Vaccination in the Punjab 1919-1929 - 1919-1929
Year: 1919
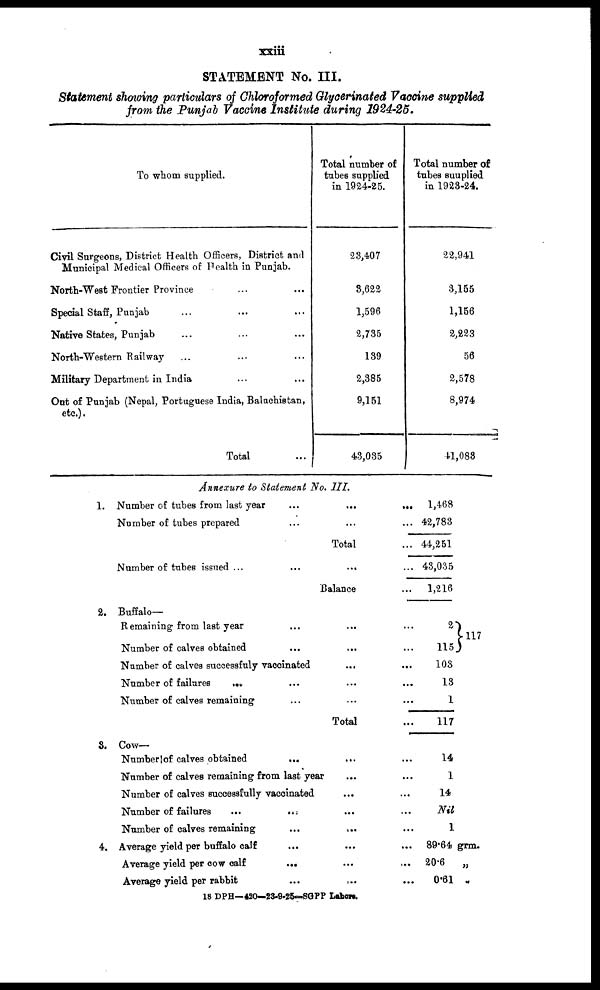
xxiii
STATEMENT No. III.
Statement showing particulars of Chloroformed Glycerinated Vaccine supplied
from the Punjab Vaccine Institute during 1924-25.
To whom supplied.
Civil Surgeons, District Health Officers, District and
Municipal Medical Officers of Health in Punjab.
North-West Frontier Province ... ...
Special Staff, Punjab ... ... ...
Native States, Punjab ... ... ...
North-Western Railway ... ... ...
Military Department in India ... ...
Out of Punjab (Nepal, Portuguese India, Baluchistan,
etc.).
Total ...
Total number of
tubes supplied
in 1924-25.
23,407
3,622
1,596
2,735
139
2,385
9,151
43,035
Total number of
tubes suuplied
in 1923-24.
22,941
3,155
1,156
2,223
56
2,578
8,974
41,083
Annexure to Statement No. III.
1.
2.
3.
4.
Number of tubes from last year ... ...
Number of tubes prepared ... ...
Total
Number of tubes issued
...
...
...
Balance
Buffalo—
Remaining from last year ... ...
Number of calves obtained ... ...
Number of calves successfuly vaccinated ...
Number of failures ... ... ...
Number of calves remaining ... ...
Total
Cow—
Number of calves obtained
...
...
Number of calves remaining from last year ...
Number of calves successfully vaccinated ...
Number of failures
...
...
...
Number of calves remaining ... ...
Average yield per buffalo calf ... ...
Average yield per cow calf
...
...
Average yield per rabbit
...
...
...
1,468
... 42,783
... 44,251
... 43,035
...
1,216
...
2
... 115
... 103
... 13
... 1
... 117
... 14
... 1
... 14
... Nil
... 1
117
... 89.64 grm.
... 20.6
„
... 0.61 „
18 DPH—420—23-9-25—SGPP Lahore.